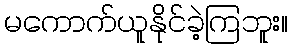
မကောက်ယူနိုင်ခဲ့ကြဘူး။